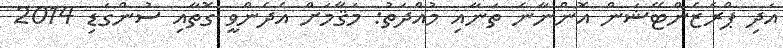
އަދި ޕްރެޒެންޓޭޝަން އޮންނާނެ ތަނާއި މުއްދަތު: މަޤާމަށް އެދެންވީ ގޮތާއި ސުންގަޑި 2014